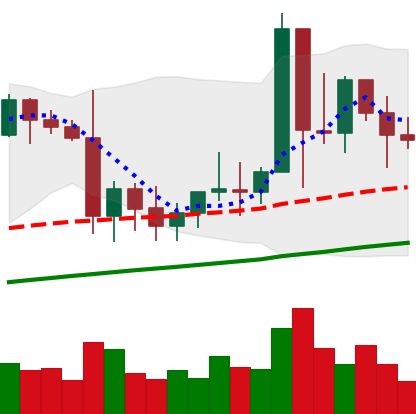
Ticker: XMR-USD
Chart end date: 2021-01-16
Forward return: -16.514%
Label: down_7plus